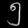
Digit: ၅